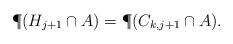
LaTeX: \begin{align*}\P(H_{j+1} \cap A) = \P(C_{k,j+1} \cap A).\end{align*}